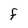
Character: F